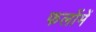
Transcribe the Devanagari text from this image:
फलोंमें